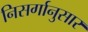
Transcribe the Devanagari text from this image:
निसर्गानुसार